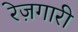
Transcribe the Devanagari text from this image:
रेज़गारी